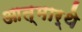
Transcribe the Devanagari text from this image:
आत्मार्थे